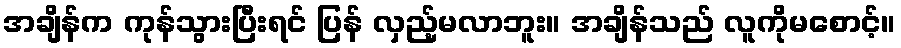
အချိန်က ကုန်သွားပြီးရင် ပြန် လှည့်မလာဘူး။ အချိန်သည် လူကိုမစောင့်။